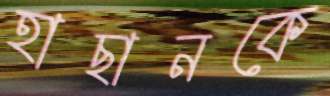
হাছানকে